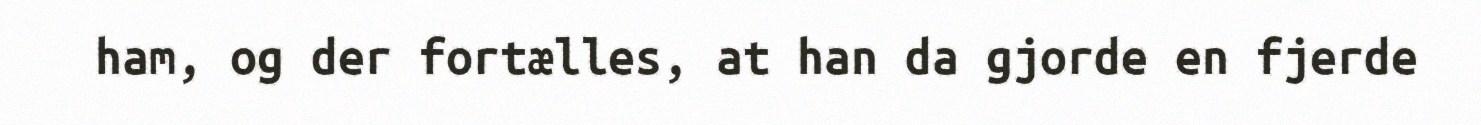
ham, og der fortælles, at han da gjorde en fjerde